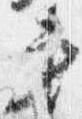
第